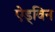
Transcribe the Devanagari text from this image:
ऐड्विन